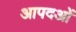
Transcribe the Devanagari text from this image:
आपदओं